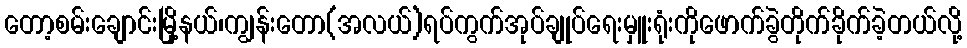
တော့စမ်းချောင်းမြို့နယ်၊ကျွန်းတော(အလယ်)ရပ်ကွက်အုပ်ချုပ်ရေးမှူးရုံးကိုဖောက်ခွဲတိုက်ခိုက်ခဲ့တယ်လို့